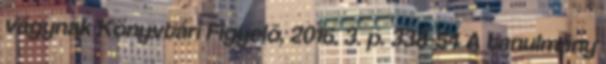
vágynak Könyvtári Figyelő, 2016. 3. p. 338-54 A tanulmány